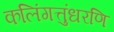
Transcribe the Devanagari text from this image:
कलिंगत्तुंधरणि